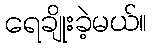
ရေချိုးခဲ့မယ်။